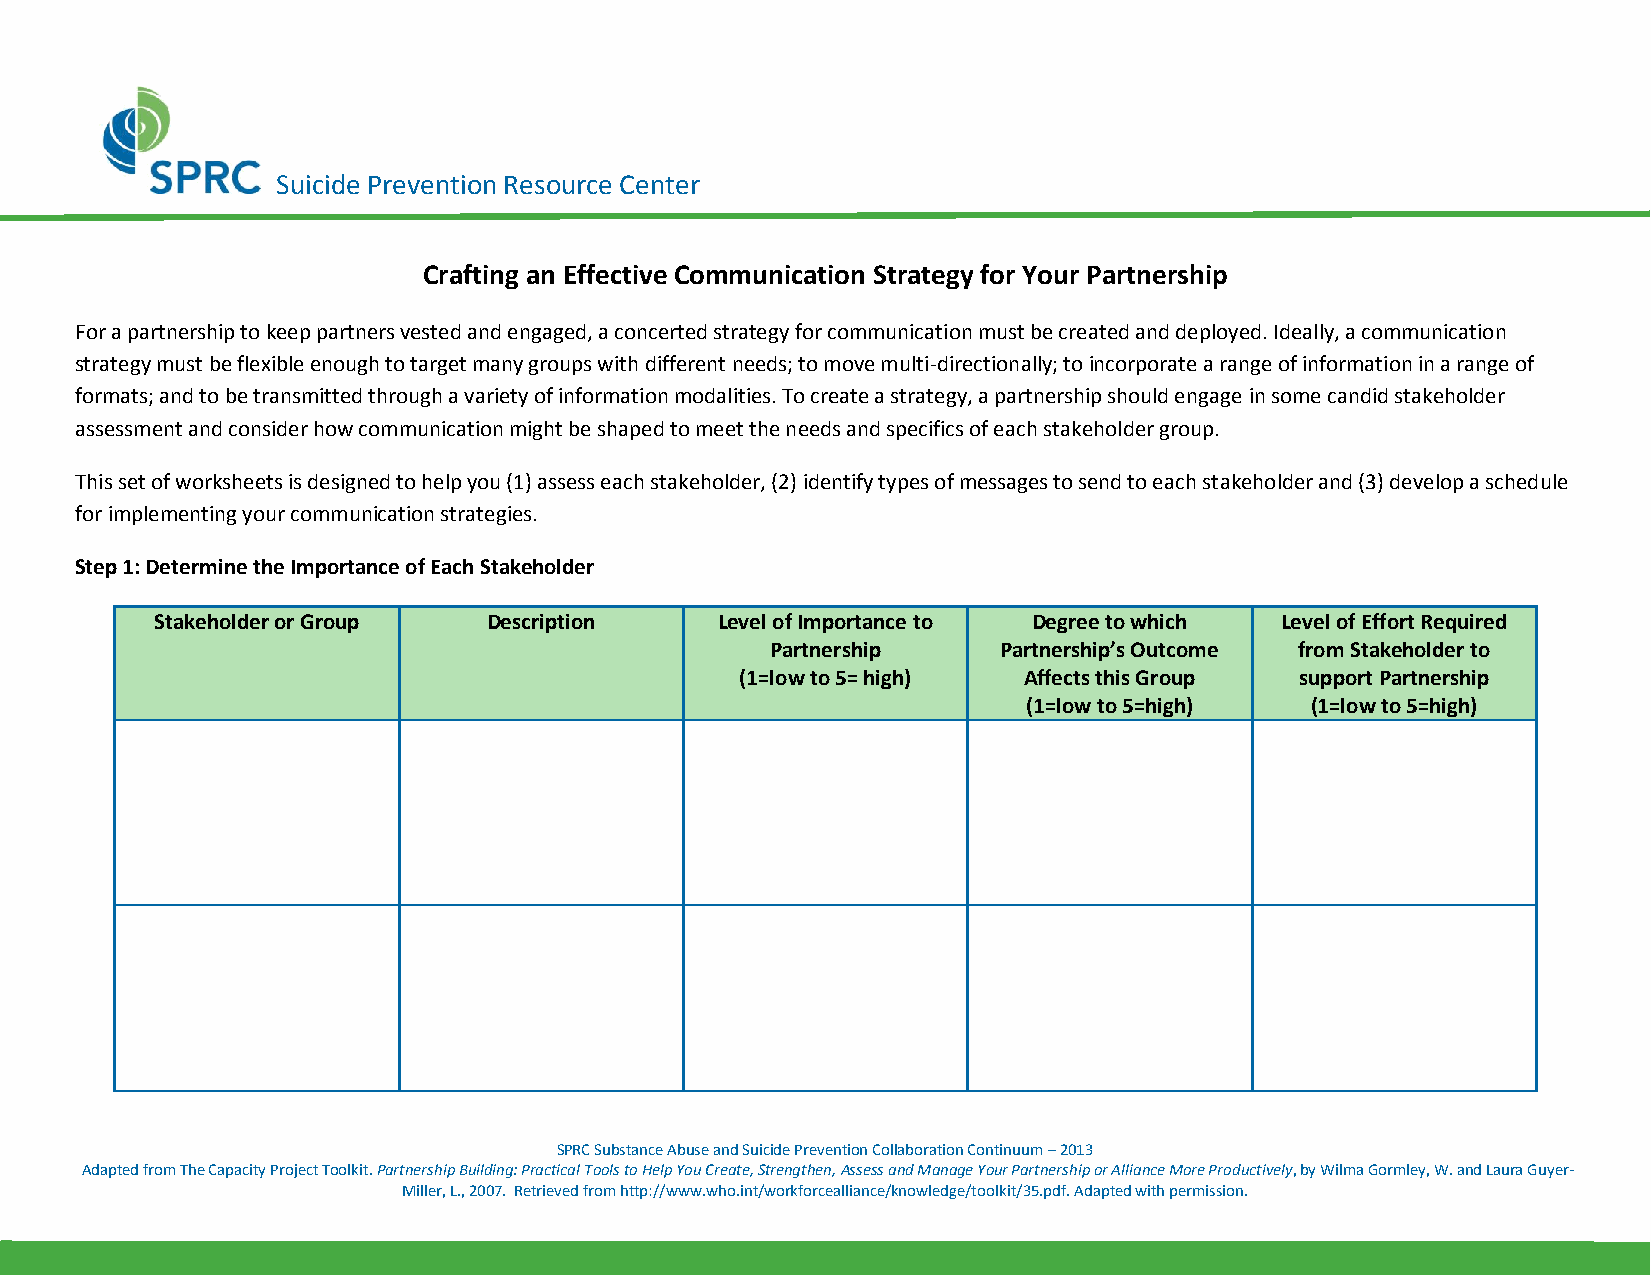
Suicide Prevention Resource Center
 Crafting an Effective Communication Strategy for Your Partnership
 For a partnership to keep partners vested and engaged, a concerted strategy for communication must be created and deployed. Ideally, a communication
 strategy must be flexible enough to target many groups with different needs; to move multi-directionally; to incorporate a range of information in a range of
 formats; and to be transmitted through a variety of information modalities. To create a strategy, a partnership should engage in some candid stakeholder
 assessment and consider how communication might be shaped to meet the needs and specifics of each stakeholder group.
 This set of worksheets is designed to help you (1) assess each stakeholder, (2) identify types of messages to send to each stakeholder and (3) develop a schedule
 for implementing your communication strategies.
 Step 1: Determine the Importance of Each Stakeholder
 Stakeholder or Group  Description    Level of Importance to Degree to which Level of Effort Required
 Partnership    Partnership’s Outcome from Stakeholder to
 (1=low to 5= high) Affects this Group support Partnership
 (1=low to 5=high)  (1=low to 5=high)
 SPRC Substance Abuse and Suicide Prevention Collaboration Continuum – 2013
 Adapted from The Capacity Project Toolkit. Partnership Building: Practical Tools to Help You Create, Strengthen, Assess and Manage Your Partnership or Alliance More Productively, by Wilma Gormley, W. and Laura Guyer-
 Miller, L., 2007. Retrieved from http://www.who.int/workforcealliance/knowledge/toolkit/35.pdf. Adapted with permission.